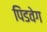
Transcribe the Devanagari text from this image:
पिंडवेग